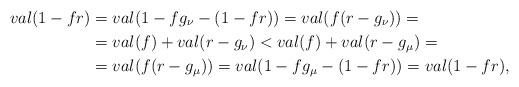
LaTeX: \begin{align*} val(1-fr)&=val(1-fg_{\nu}-(1-fr))=val(f(r-g_{\nu}))=\\&=val(f)+val(r-g_{\nu})<val(f)+val(r-g_{\mu})=\\&=val(f(r-g_{\mu}))=val(1-fg_{\mu}-(1-fr))=val(1-fr), \end{align*}